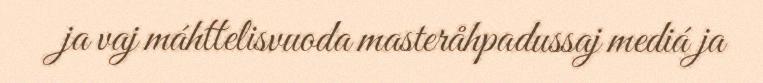
ja vaj máhttelisvuoda masteråhpadussaj mediá ja